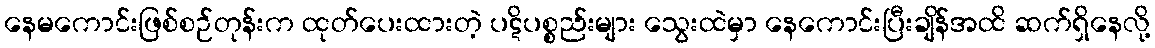
နေမကောင်းဖြစ်စဉ်တုန်းက ထုတ်ပေးထားတဲ့ ပဋိပစ္စည်းများ သွေးထဲမှာ နေကောင်းပြီးချိန်အထိ ဆက်ရှိနေလို့